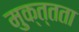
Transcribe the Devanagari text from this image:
मुक्त्तता